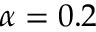
\alpha = 0 . 2